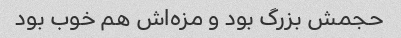
حجمش بزرگ بود و مزه‌اش هم خوب بود